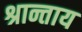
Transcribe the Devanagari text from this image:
श्रान्ताय